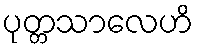
ပုတ္တသာလေဟိ